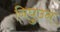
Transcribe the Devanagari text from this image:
निघुउन